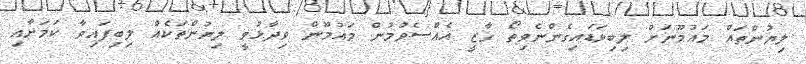
ލިޔުންތައް މައުމޫނަށް ލިބިވަޑައިގެންނެވިތޯ ގާޒީ އެއްސެވުމުން މައުމޫން ވިދާޅުވީ ލިޔުންތަކެއް ލިބިފައިވާ ކަމަށާއި